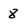
Character: 8